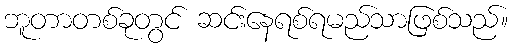
ဘူတာတစ်ခုတွင် ဆင်းနေရစ်ရမည်သာဖြစ်သည်။